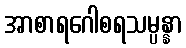
အာစာရဂေါစရသမ္ပန္နာ